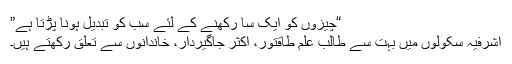
“چیزوں کو ایک سا رکھنے کے لئے سب کو تبدیل ہونا پڑتا ہے”
اشرفیہ سکولوں میں بہت سے طالبِ علم طاقتور، اکثر جاگیردار، خاندانوں سے تعلق رکھتے ہیں۔